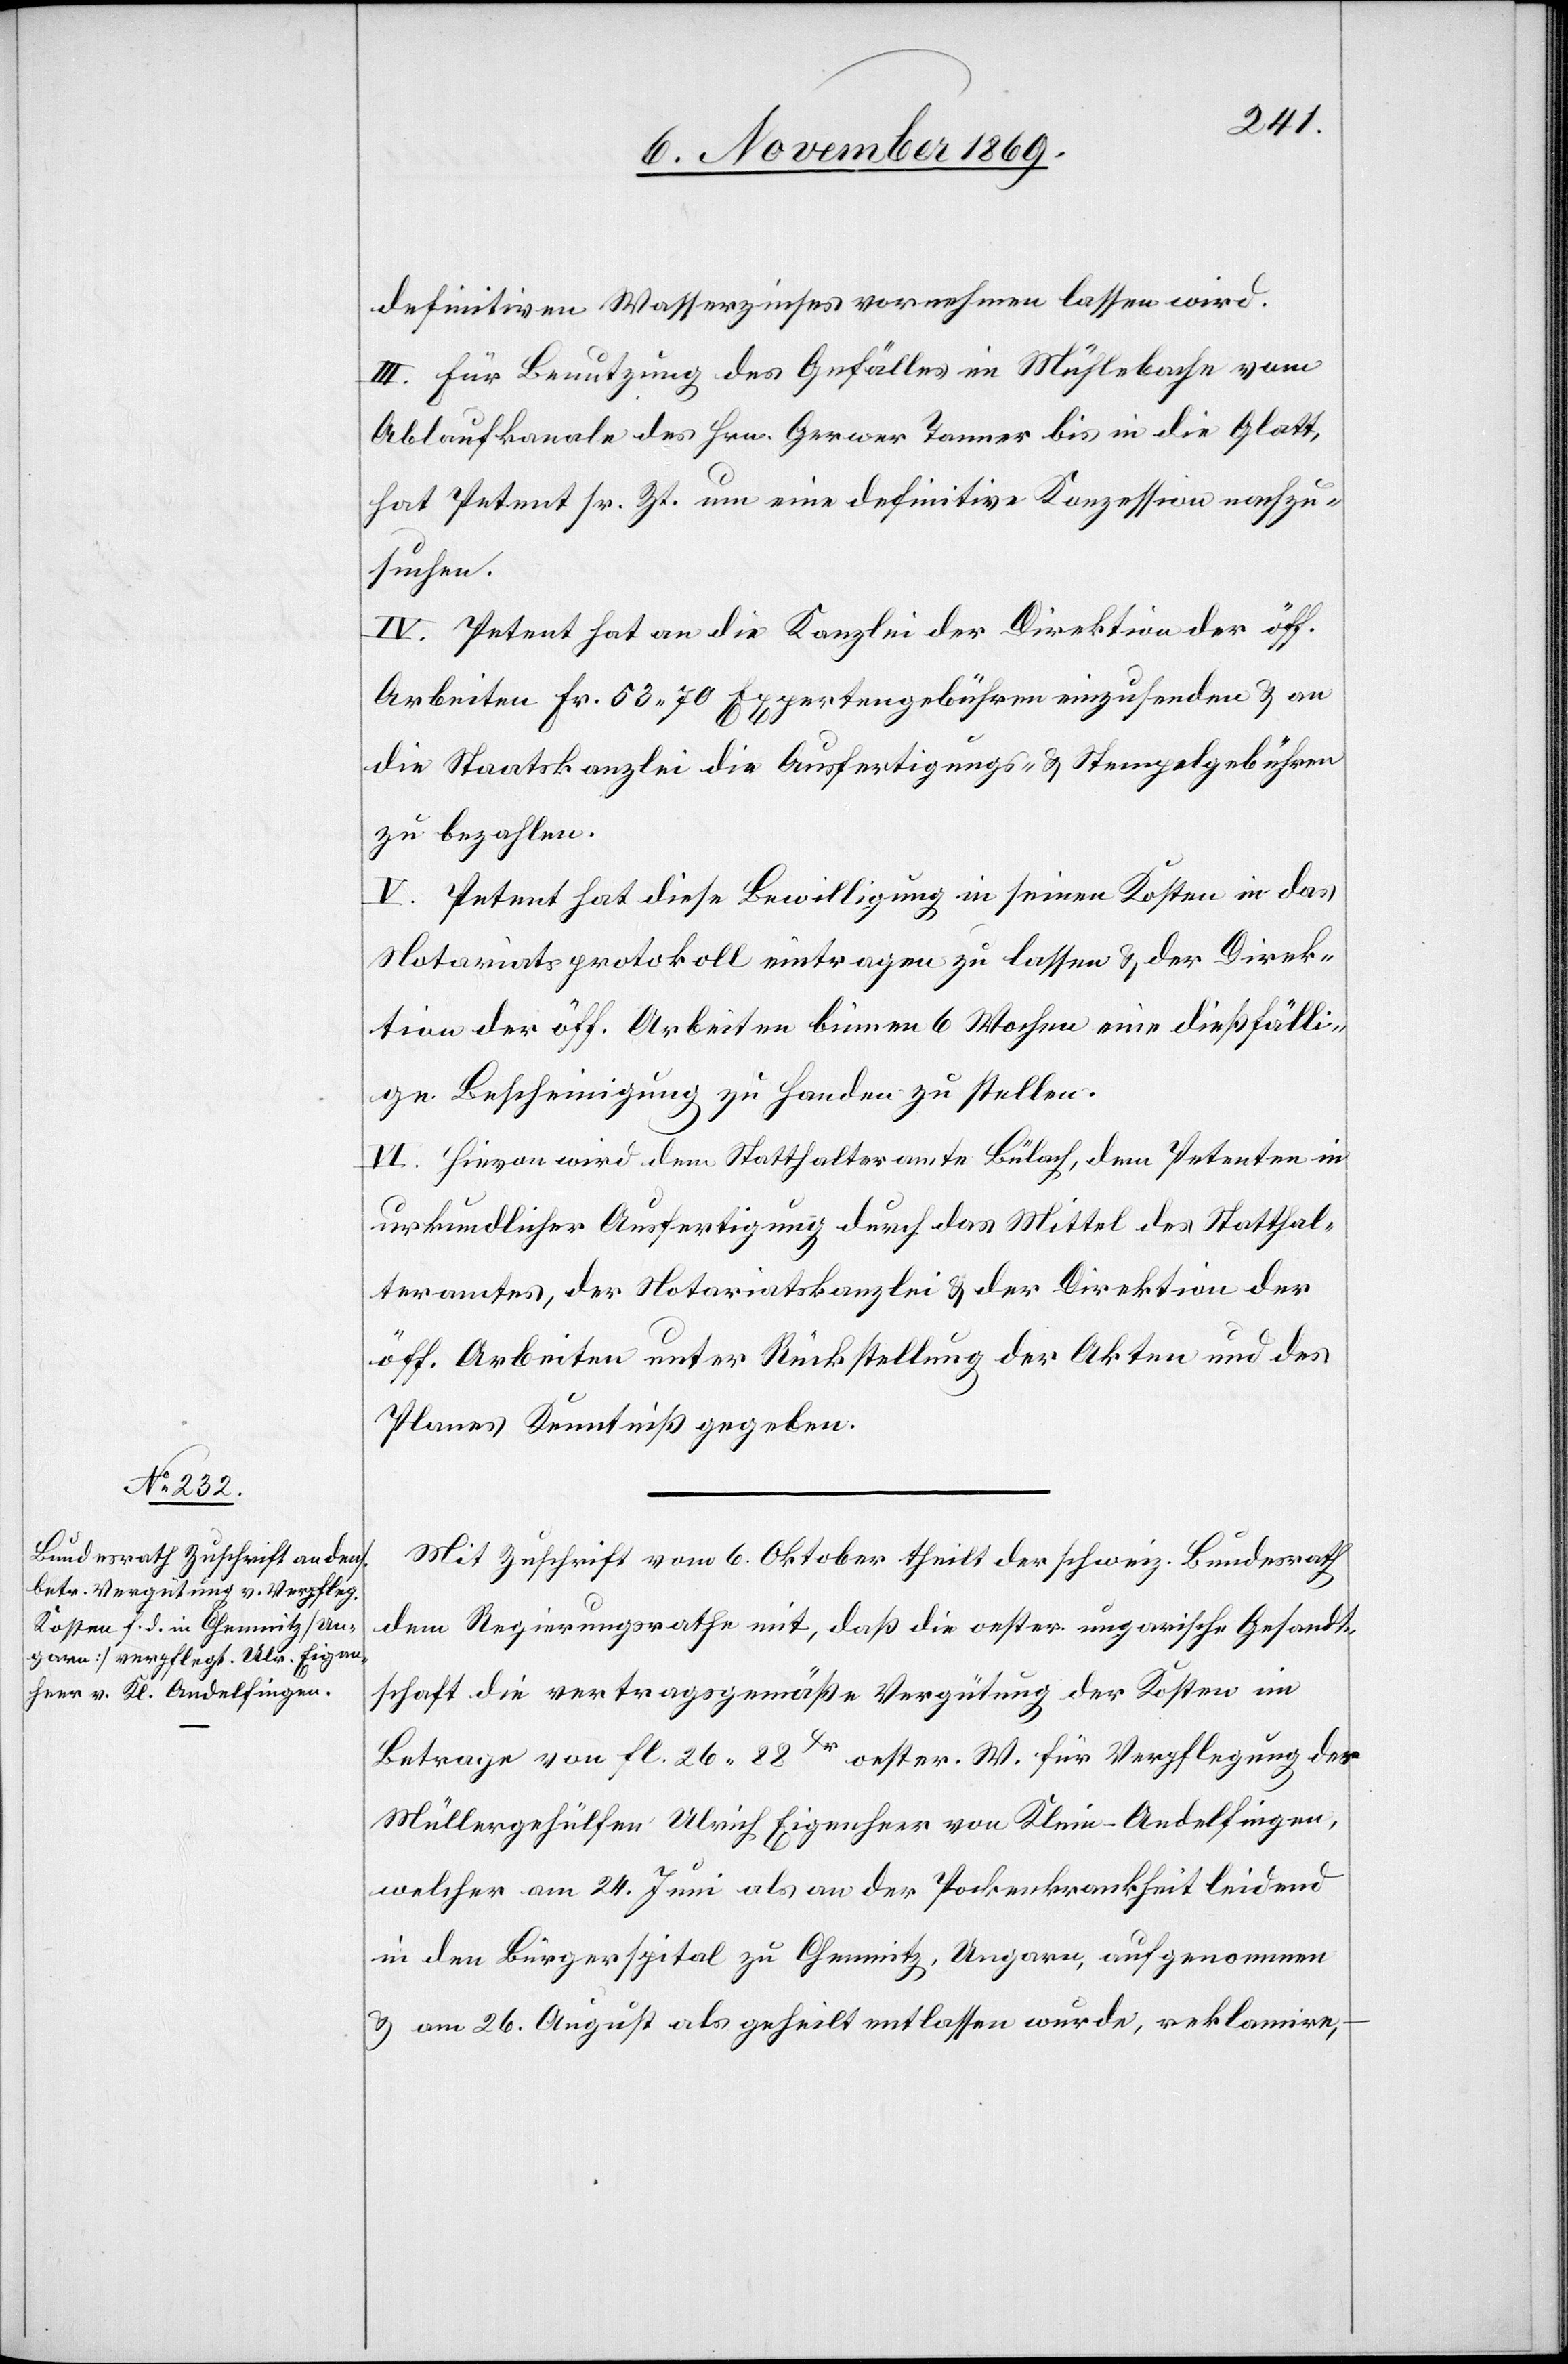
definitiven Wasserzinses vornehmen lassen wird.
III. Für Benutzung des Gefälles im Mühlebache vom
Ablaufkanale des Hrn. Gerwer Tanner bis in die Glatt,
hat Petent sr. Zt. um eine definitive Konzession nachzu¬
suchen.
IV. Petent hat an die Kanzlei der Direktion der öff.
Arbeiten Fr. 53.70 Expertengebühren einzusenden & an
die Staatskanzlei die Ausfertigungs- & Stempelgebühren
zu bezahlen.
V. Petent hat diese Bewilligung in seinen Kosten in das
Notariatsprotokoll eintragen zu lassen & der Direk¬
tion der öff. Arbeiten binnen 6 Wochen eine dießfälli¬
ge Bescheinigung zu Handen zu stellen.
VI. Hievon wird dem Statthalteramte Bülach, dem Petenten in
urkundlicher Ausfertigung durch das Mittel des Statthal¬
teramtes, der Notariatskanzlei & der Direktion der
öff. Arbeiten unter Rückstellung der Akten und des
Planes Kenntniß gegeben.
Mit Zuschrift vom 6. Oktober theilt der schweiz. Bundesrath
dem Regierungsrathe mit, daß die oester. ungarische Gesandt¬
schaft die vertragsgemäße Vergütung der Kosten im
Betrage von fl. 26 88Xr oester. W. für Verpflegung des
Müllergehülfen Ulrich Eigenheer von Klein-Andelfingen,
welcher am 24. Juni als an der Pockenkrankheit leidend
in den Bürgerspital zu Chemnitz, Ungarn, aufgenommen
& am 26. August als geheilt entlassen wurde, reklamire,